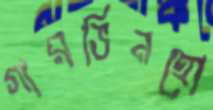
গারভিনহো